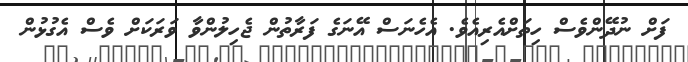
ފަށް ނުދޭންވެސް ހިތަށްއެރިއެވެ. އެހެނަސް އޭނަގެ ފަރާތުން ޖެހިލުންވާ ވަރަކަށް ވެސް އެގުޅުން